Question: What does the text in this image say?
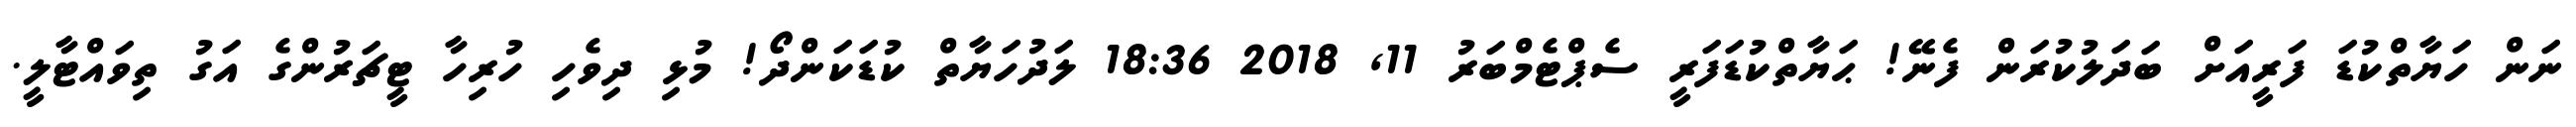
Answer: ނަން ހަޔާތްކުޑަ ފަރީއަށް ބަދަލުކުރަން ފެނޭ! ޙަޔާތްކުޑަފަރީ ސެޕްޓެމްބަރު 11, 2018 18:36 ލަދުހަޔާތް ކުޑަކަންދޯ! މުޅި ދިވެހި ހުރިހާ ޓީޗަރުންގެ އަގު ތިވައްޓާލީ.